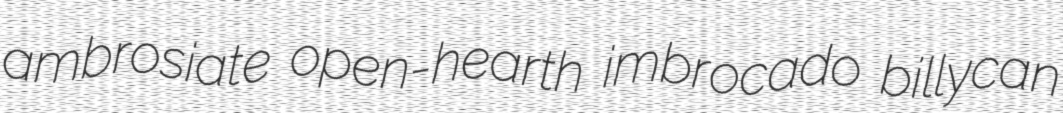
ambrosiate open-hearth imbrocado billycan